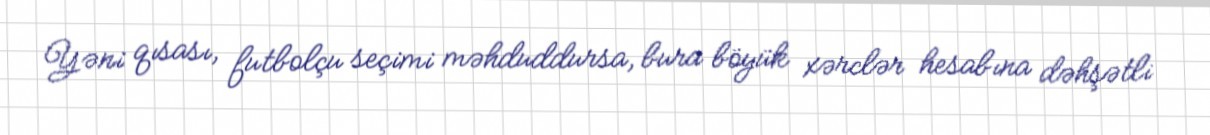
Yəni qısası, futbolçu seçimi məhduddursa, bura böyük xərclər hesabına dəhşətli